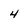
Character: 4